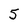
Character: 5